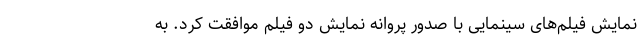
نمایش فیلم‌های سینمایی با صدور پروانه نمایش دو فیلم موافقت کرد. به